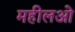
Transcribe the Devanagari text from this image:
महीलओ